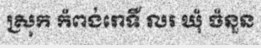
ស្រុក កំពង់រោទិ៍ លរ ឃុំ ចំនួន